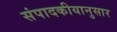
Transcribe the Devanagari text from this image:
संपादकीयानुसार